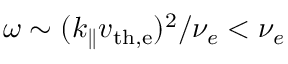
\omega \sim ( k _ { \parallel } v _ { \mathrm { t h , e } } ) ^ { 2 } / \nu _ { e } < \nu _ { e }